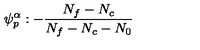
\psi _ { p } ^ { \alpha } : - \frac { N _ { f } - N _ { c } } { N _ { f } - N _ { c } - N _ { 0 } }